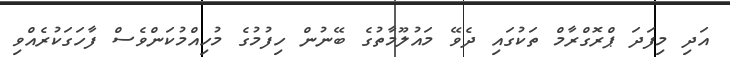
އަދި މިފަދަ ޕްރޮގްރާމް ތަކުގައި ދެވޭ މައުލޫމާތުގެ ބޭނުން ހިފުމުގެ މުހިއްމުކަންވެސް ފާހަގަކުރެއްވި